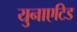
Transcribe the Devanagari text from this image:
युनाएटिड